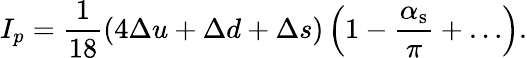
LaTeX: I_{p}=\frac 1{18}(4\Delta u+\Delta d+\Delta s)\left(1-\frac{\alpha_{\mathrm{s}}}\pi+\ldots\right).